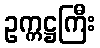
ဥက္ကဋ္ဌကြီး